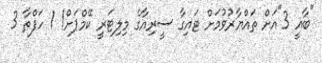
"ބާޣީ 3"އަށް ތައްޔާރުވުމަށް ޓައިގާ ސީރިއާގެ މިލިޓަރީ ކޭމްޕަށް! 1 ހަފްތާ 3